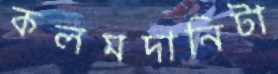
কলমদানিটা